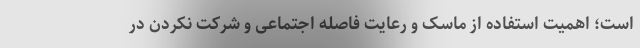
است؛ اهمیت استفاده از ماسک و رعایت فاصله اجتماعی و شرکت نکردن در